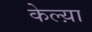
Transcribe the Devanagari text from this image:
केल्य़ा